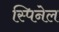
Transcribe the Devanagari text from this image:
स्पिनेल